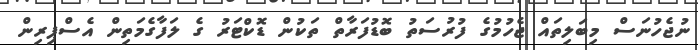
ނުޖެހުނަސް މިބަލިތައް ޖެހުމުގެ ފުރުސަތު ބޮޑުފަރާތް ތަކުން ޑޮކްޓަރު ގެ ލަފާގެމަތިން އެސްޕިރިން